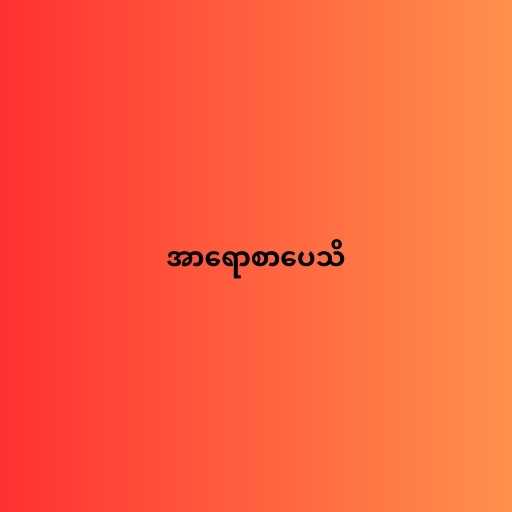
အာရောစာပေသိ